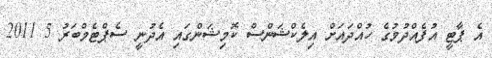
އެ ޕާޓީ އުފެއްދުމުގެ ހުއްދައަށް އިލެކްޝަންސް ކޮމިޝަންގައި އެދުނީ ސެޕްޓެމްބަރު 5 2011